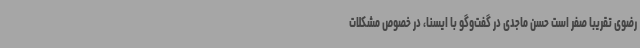
رضوی تقریبا صفر است حسن ماجدی در گفت‌وگو با ایسنا، در خصوص مشکلات